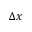
\Delta x